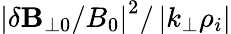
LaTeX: \left|\delta\mathbf{B}_{\perp 0}/B_{0}\right|^{2}/\left|k_{\perp}\rho_{i}\right|